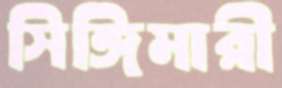
সিঙ্গিমারী